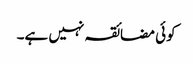
کوئی مضائقہ نہیں ہے۔